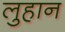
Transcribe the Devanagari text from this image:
लुहान